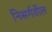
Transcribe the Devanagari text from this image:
निसर्गतील